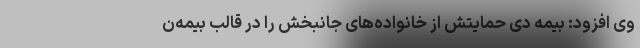
وی افزود: بیمه دی حمایتش از خانواده‌های جانبخش را در قالب بیمه‌‌ن